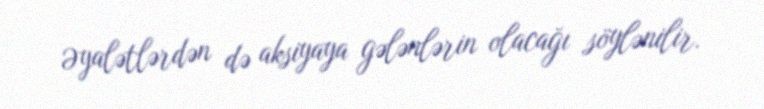
Əyalətlərdən də aksiyaya gələnlərin olacağı söylənilir.